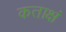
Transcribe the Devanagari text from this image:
कताक्षं